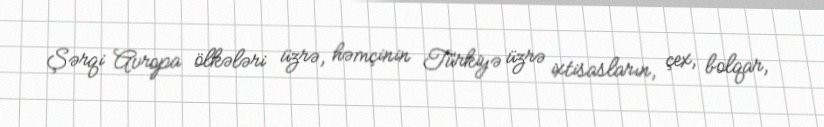
Şərqi Avropa ölkələri üzrə, həmçinin Türkiyə üzrə ixtisasların, çex, bolqar,